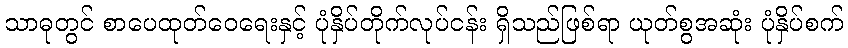
သာဓုတွင် စာပေထုတ်ဝေရေးနှင့် ပုံနှိပ်တိုက်လုပ်ငန်း ရှိသည်ဖြစ်ရာ ယုတ်စွအဆုံး ပုံနှိပ်စက်